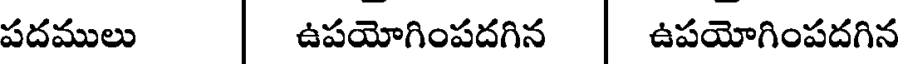
పదములు | ఉపయోగింపదగిన | ఉపయోగింపదగిన